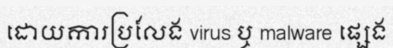
ដោយការប្រលែង virus ឬ malware ផ្សេង